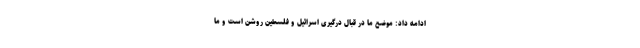
ادامه داد: موضع ما در قبال درگیری اسرائیل و فلسطین روشن است و ما